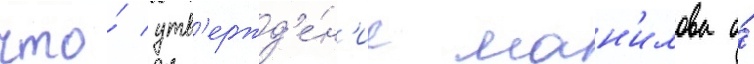
что́ утв'ержд'е́н'ие ман'илова о́